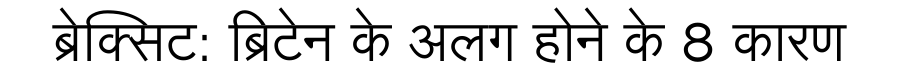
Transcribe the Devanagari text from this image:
ब्रेक्सिट: ब्रिटेन के अलग होने के 8 कारण